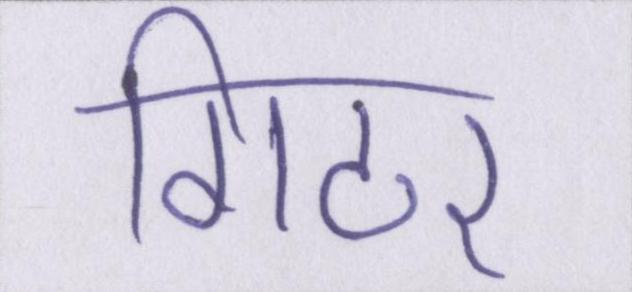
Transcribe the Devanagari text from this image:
गिटर